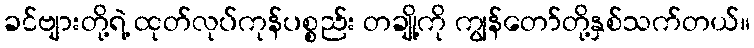
ခင်ဗျားတို့ရဲ့ ထုတ်လုပ်ကုန်ပစ္စည်း တချို့ကို ကျွန်တော်တို့နှစ်သက်တယ်။